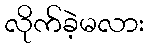
လိုက်ခဲ့မလား